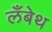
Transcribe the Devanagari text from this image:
लँबेथ